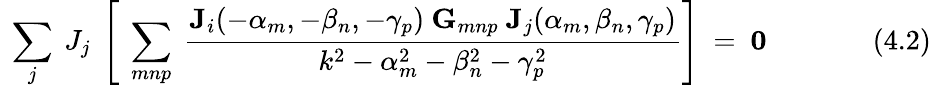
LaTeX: ~\sum_{j}~J_{j}~\left[~\sum_{mnp}~{\frac{\mathbf{J}_{i}(-\alpha_{m},-\beta_{n},-\gamma_{p})~\mathbf{G}_{mnp}~\mathbf{J}_{j}(\alpha_{m},\beta_{n},\gamma_{p})}{k^{2}-\alpha_{m}^{2}-\beta_{n}^{2}-\gamma_{p}^{2}}}\right]~=~\mathbf{0}~~~~~~~~~~~~~~~(4.2)